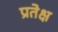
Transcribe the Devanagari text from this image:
प्रतेक्ष